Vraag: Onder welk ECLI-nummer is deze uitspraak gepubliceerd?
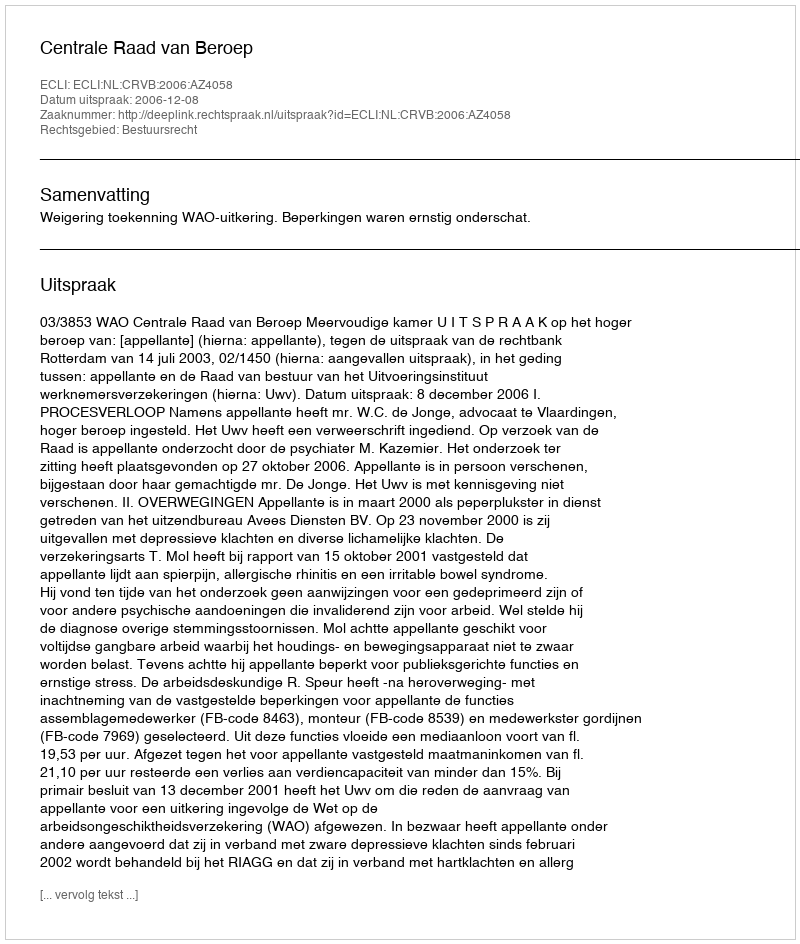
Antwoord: ECLI:NL:CRVB:2006:AZ4058